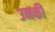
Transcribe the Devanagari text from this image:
उनकी